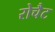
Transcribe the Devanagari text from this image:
रोचैट